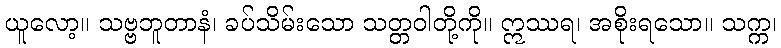
ယူလော့။ သဗ္ဗဘူတာနံ၊ ခပ်သိမ်းသော သတ္တဝါတို့ကို။ ဣဿရ၊ အစိုးရသော။ သက္က၊